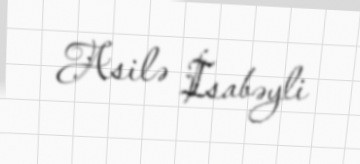
Asilə İsabəyli